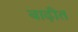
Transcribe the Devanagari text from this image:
बाढ़ीत